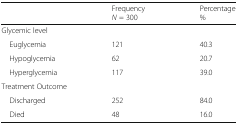
<table><thead><tr><td></td><td><b>Frequency <i>N</i> = 300</b></td><td><b>Percentage %</b></td></tr></thead><tbody><tr><td colspan="3">Glycemic level</td></tr><tr><td> Euglycemia</td><td>121</td><td>40.3</td></tr><tr><td> Hypoglycemia</td><td>62</td><td>20.7</td></tr><tr><td> Hyperglycemia</td><td>117</td><td>39.0</td></tr><tr><td colspan="3">Treatment Outcome</td></tr><tr><td> Discharged</td><td>252</td><td>84.0</td></tr><tr><td> Died</td><td>48</td><td>16.0</td></tr></tbody></table>